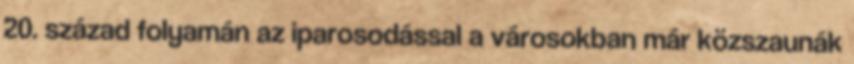
20. század folyamán az iparosodással a városokban már közszaunák